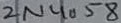
Text: 2N4058